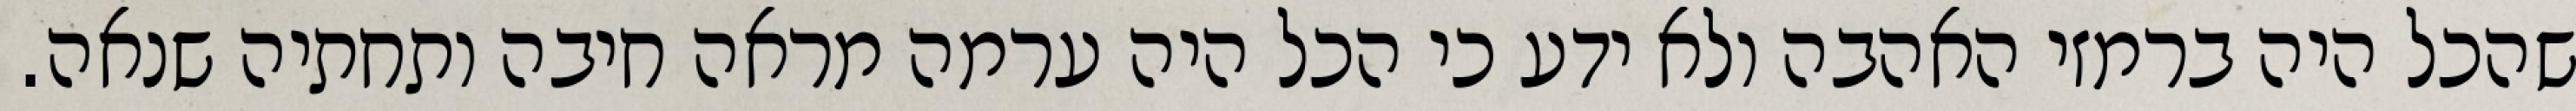
שהכל היה ברמזי האהבה ולא ידע כי הכל היה ערמה מראה חיבה ותחתיה שנאה.